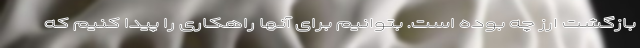
بازگشت ارز چه بوده است. بتوانیم برای آنها راهکاری را پیدا کنیم که